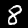
Label: 8